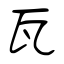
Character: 瓦